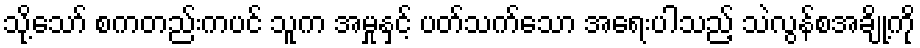
သို့သော် စကတည်းကပင် သူက အမှုနှင့် ပတ်သက်သော အရေးပါသည့် သဲလွန်စအချို့ကို